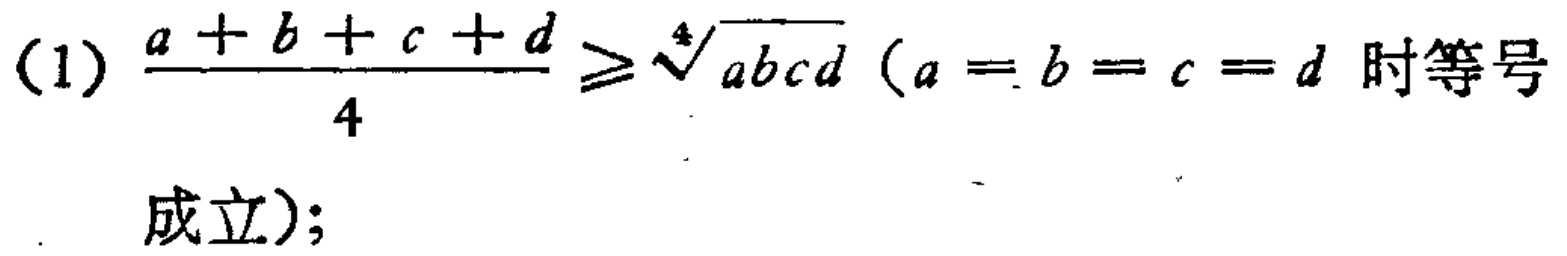
(1) $\frac{a + b + c + d}{4} \geq \sqrt[4]{abcd}$ ($a = b = c = d$ 时等号成立);